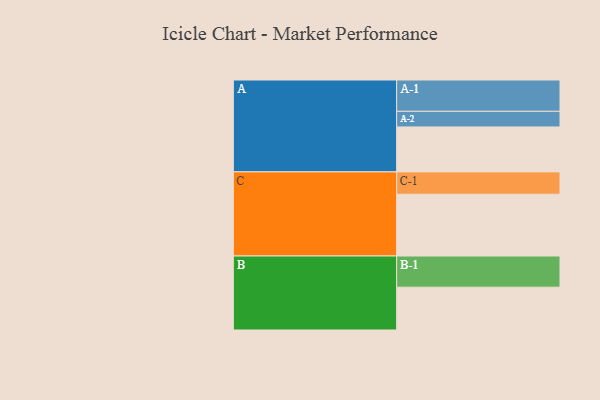
{"axis": {"x": "Segment", "y": "Value"}, "legend": ["", "A", "B", "C"], "data": [{"x": "A", "y": 422, "type": ""}, {"x": "B", "y": 402, "type": ""}, {"x": "C", "y": 580, "type": ""}, {"x": "A-1", "y": 294, "type": "A"}, {"x": "A-2", "y": 147, "type": "A"}, {"x": "B-1", "y": 293, "type": "B"}, {"x": "C-1", "y": 210, "type": "C"}]}